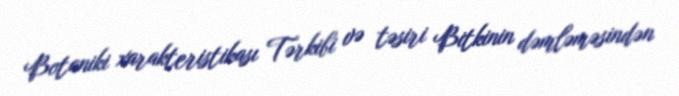
Botaniki xarakteristikası Tərkibi və təsiri Bitkinin dəmləməsindən